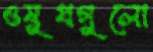
ওষুধগুলো